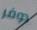
دوفر